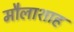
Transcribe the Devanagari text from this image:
मौलाशाह